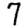
Digit: 7